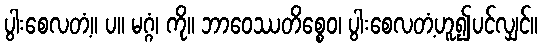
ပွါးစေလတံ့။ ပ။ မဂ္ဂံ၊ ကို။ ဘာဝေဿတိစ္စေဝ၊ ပွါးစေလတံ့ဟူ၍ပင်လျှင်။